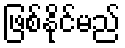
ဖြစ်နိုင်မည်